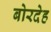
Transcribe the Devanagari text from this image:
बोरदेह